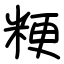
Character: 粳